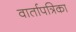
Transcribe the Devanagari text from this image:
वार्तापत्रिका